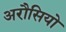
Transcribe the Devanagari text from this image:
अरौसियो